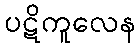
ပဋိကူလေန